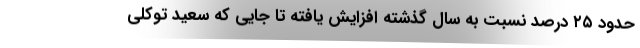
حدود ۲۵ درصد نسبت به سال گذشته افزایش یافته تا جایی که سعید توکلی